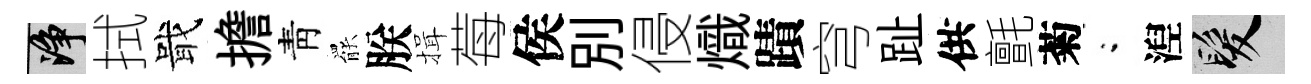
净拭戢擔靑罷朕揖莓侯別侵熾蹟穹趾供氈菊閤湼髮